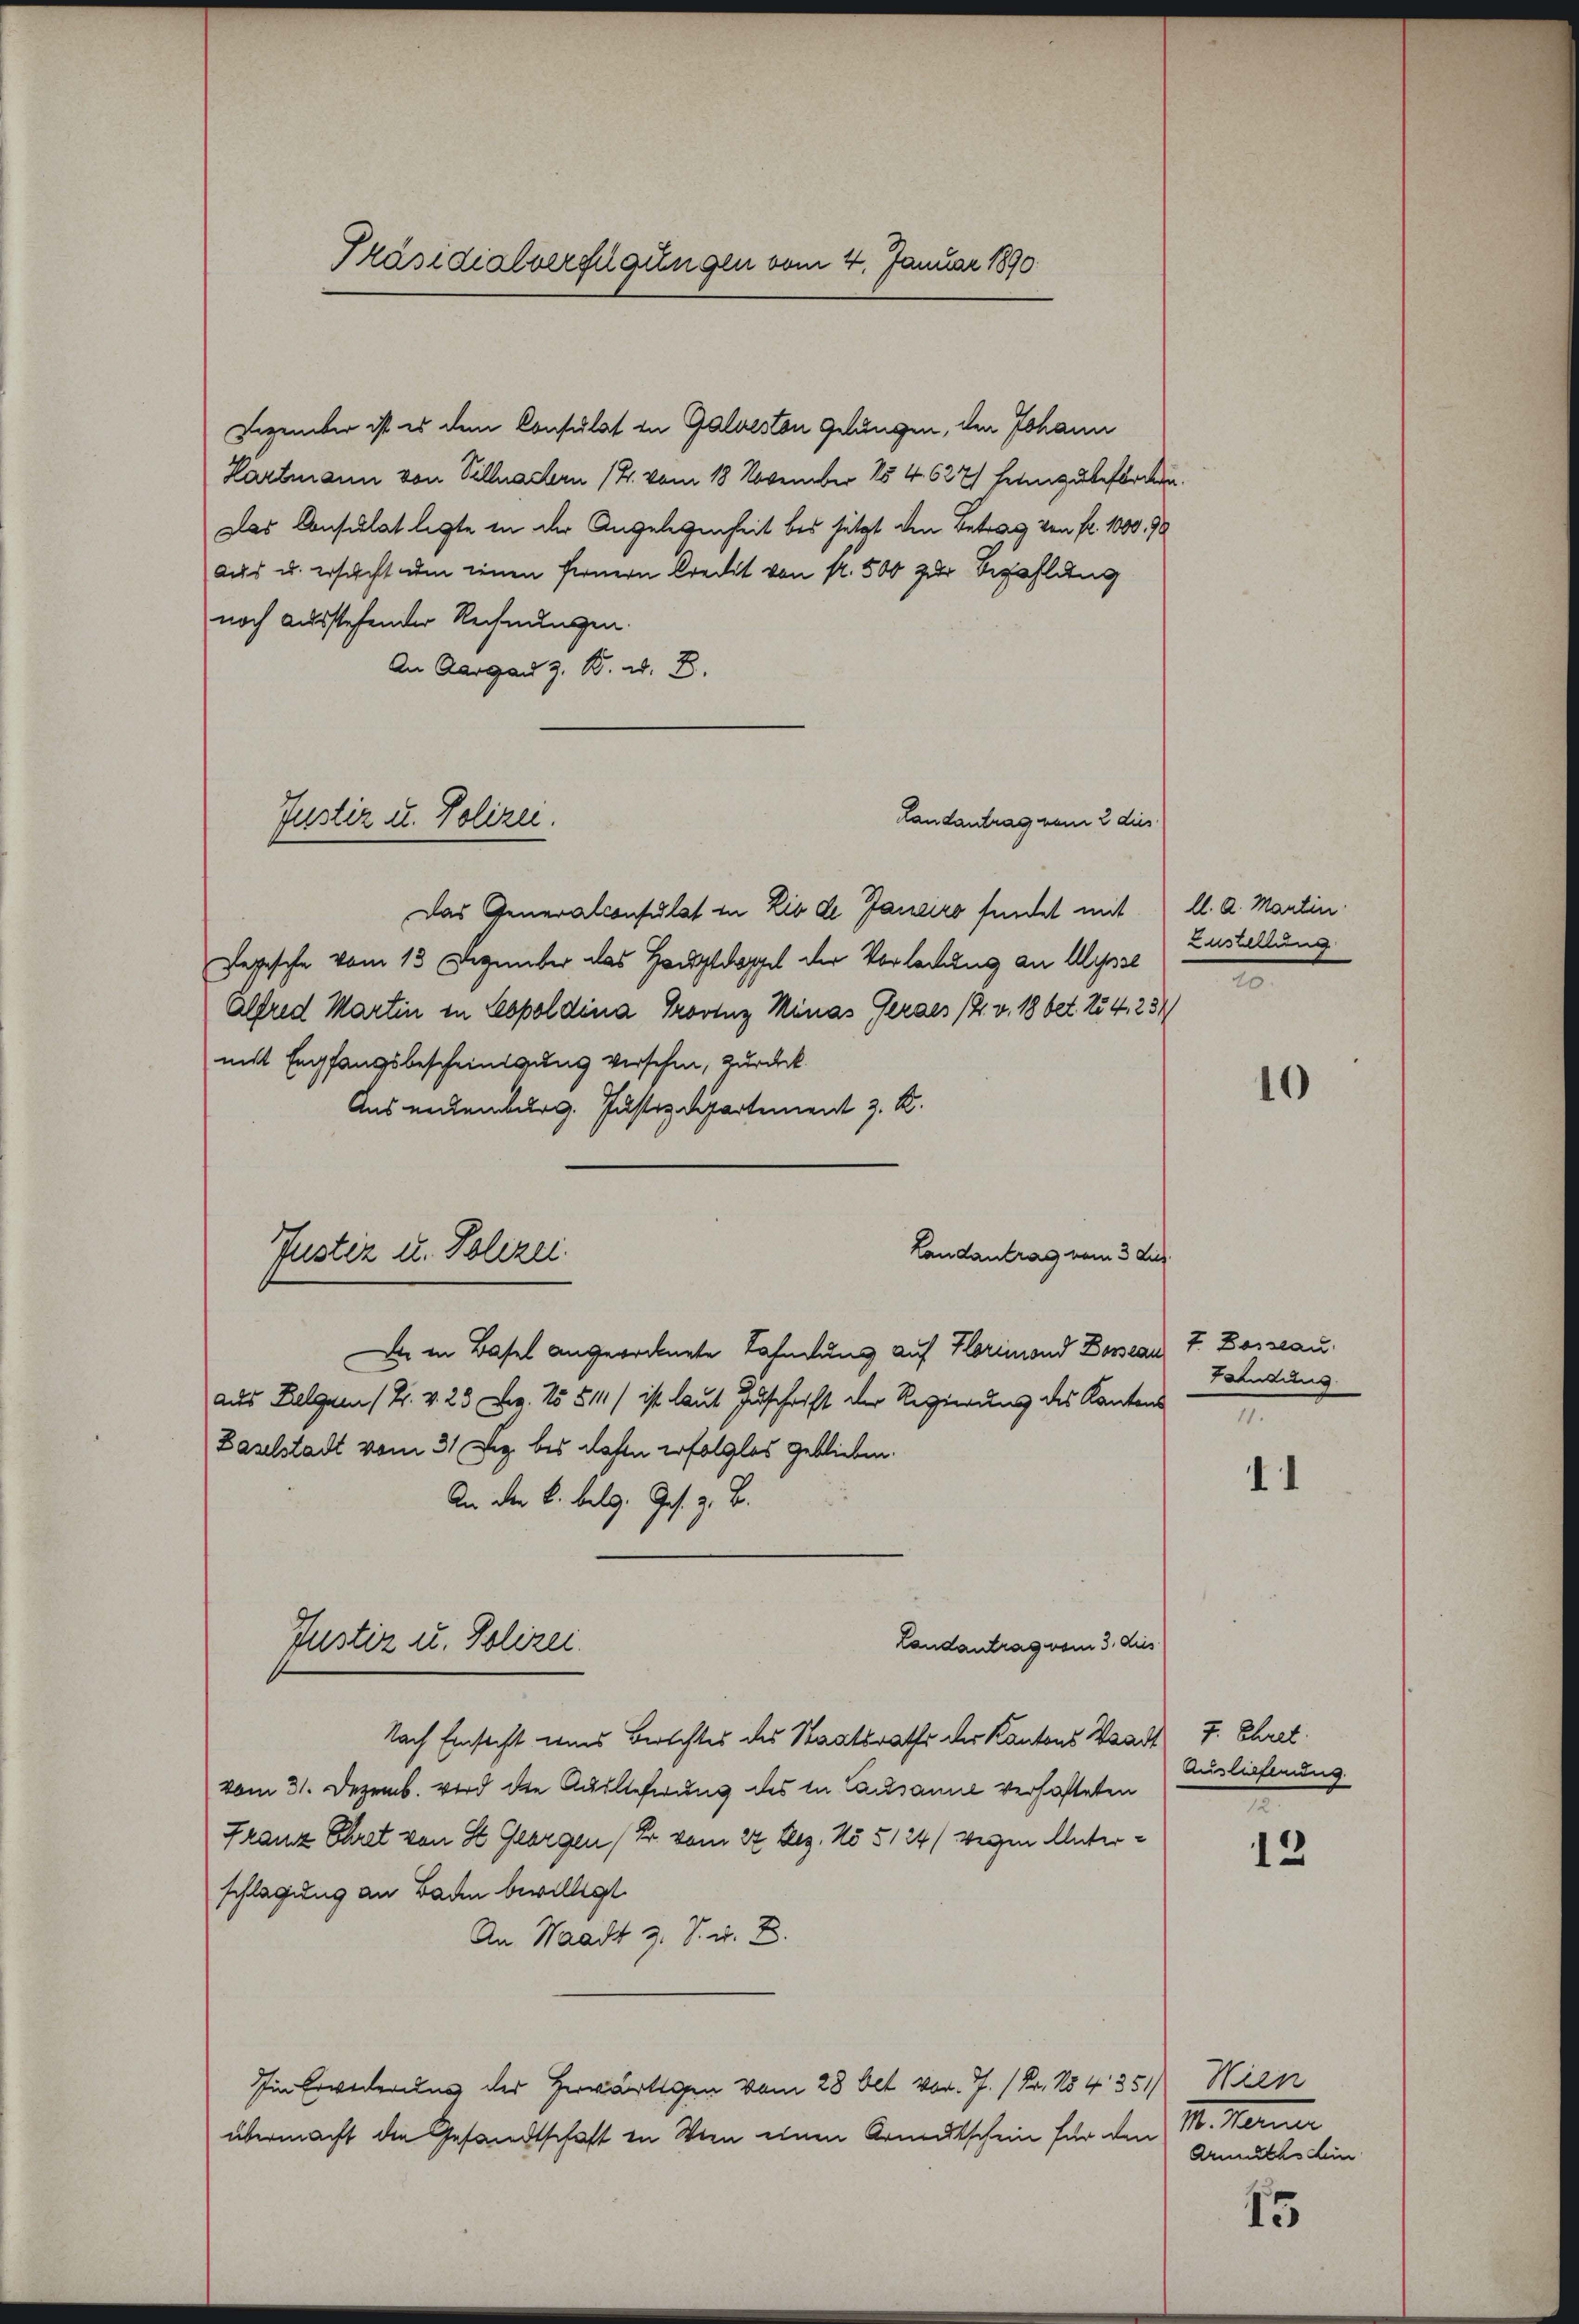
Präsidialverfügungen vom 4. Januar 1890

Dezember ist es dem Consulat in Galveston gelängen, den Johann
Hartmann von Villachern (4. vom 18. November 154. 627) heimzubeforden.
Das Consulat legte in der Angelegenheit bei setzt den Betrag von fr. 1000. 90
aus u. ersucht um einen Fernern kredit von N. 500 zur Bezahlung
noch ausstehender Rechnungen.
An Aargau z. B. d. 8.
Landantrag vom 2 dies
Das Generalconsulat in Lio de Janeiro fundet mit 1 l. a. Martin.
Depesche vom 13 Dezember das Hauptdoppel der Vorlegung an Ulysse
Alfred Martin in Leopoldina Provinz Minas Geraes (2. v. 18 bet. 254, 234
mit Empfangsbescheinigung versehen, zurück.
Aus enckenburg. Justizdepartement z. B.
De in Basel angerocknete Lahnung auf Horimond Dorseau T. Dasseau.
aus Belgien (Pr. v. 23 Fr. 15 §11/ ist laut Zuschrift der Regierung des Kantons
Baselstadt vom 31. Dez. bes dahin erfolglos geblieben.
An der B. belg. Ges. z. B.
Justiz u. Polizei.
Landantrag vom 3. dies
Nach Einsicht uns Berichtes des Staatsrathe der Kantons Waadt J. Ehret.
vom 31. Dezemb. wird die Auslieferung des in Causanne verhafteten
Franz Ehret von St. Georgen (Fr. vom 27 Dez. No 5124 (wegen Unterschlagung an Baden bewilligt.
An Waadt z. B. u. E.
Iin Erwederung der Herwärtigen vom 28 Oct. vor. J. (Fr. 154. 351) Wien
übermacht die Gesandtschaft in Wien einen Armentschein für den

Justiz u. Polizei.

Justiz u. Polizei.

Landantrag vom 3 dus.

Eustellung
2

10

Tahndung
n

1

Auslieferung.

12

10. Manne
Armuths Lin

45